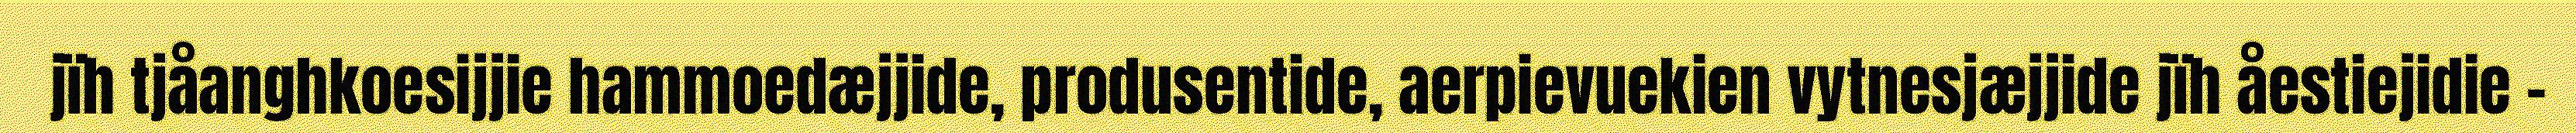
jïh tjåanghkoesijjie hammoedæjjide, produsentide, aerpievuekien vytnesjæjjide jïh åestiejidie –